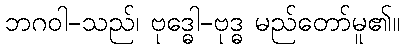
ဘဂဝါ-သည်၊ ဗုဒ္ဓေါ-ဗုဒ္ဓ မည်တော်မူ၏။